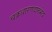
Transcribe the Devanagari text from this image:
चक्रधारणदारुभेदः